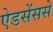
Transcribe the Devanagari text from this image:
ऐडसेंससे